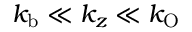
k _ { \mathrm { b } } \ll k _ { z } \ll k _ { \mathrm { O } }